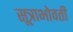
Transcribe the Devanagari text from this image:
सूत्राभोवती